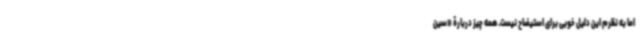
اما به نظرم این دلیل خوبی برای استیضاح نیست. همه ‌چیز دربارۀ «سین